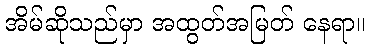
အိမ်ဆိုသည်မှာ အထွတ်အမြတ် နေရာ။